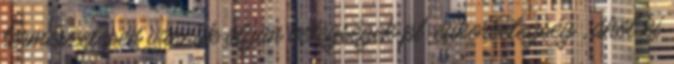
természetesen vannak olyan betegségek pl. cukorbetegség , ahol ki